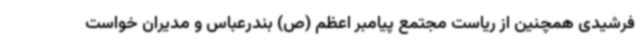
فرشیدی همچنین از ریاست مجتمع پیامبر اعظم (ص) بندرعباس و مدیران خواست